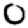
Digit: 0